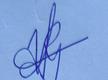
Signature authenticity: genuine